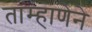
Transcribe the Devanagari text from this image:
ताम्हाणेने